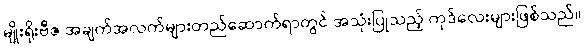
မျိုးရိုးဗီဇ အချက်အလက်များတည်ဆောက်ရာတွင် အသုံးပြုသည့် ကုဒ်လေးများဖြစ်သည်။